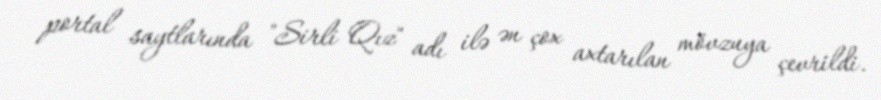
portal saytlarında "Sirli Qız" adı ilə ən çox axtarılan mövzuya çevrildi.